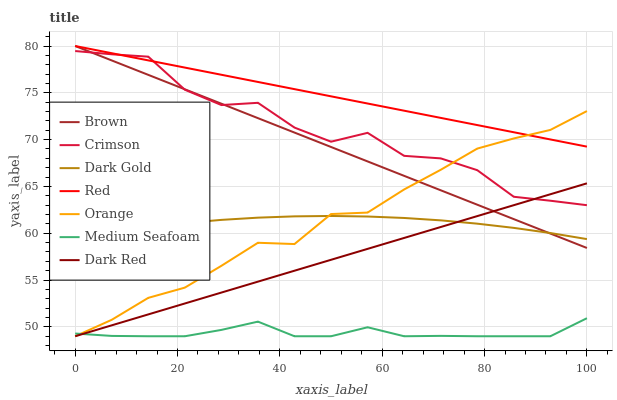
| xaxis_label | Brown | Crimson | Dark Gold | Red | Orange | Medium Seafoam | Dark Red |
 | --- | --- | --- | --- | --- | --- | --- | --- |
 | 0 | 80 | 79.5 | 59.5 | 80 | 49 | 49.3 | 49 |
 | 7.14 | 78.5 | 79.1 | 60.1 | 79.2 | 50.8 | 49 | 50.2 |
 | 14.3 | 76.9 | 78.9 | 60.7 | 78.5 | 53.1 | 49 | 51.3 |
 | 21.4 | 75.4 | 75.3 | 61.1 | 77.7 | 54.2 | 49 | 52.5 |
 | 28.6 | 73.8 | 73.7 | 61.4 | 76.9 | 56.5 | 49.7 | 53.7 |
 | 35.7 | 72.3 | 73.9 | 61.7 | 76.2 | 59 | 50.6 | 54.8 |
 | 42.9 | 70.8 | 71.3 | 61.8 | 75.4 | 58.8 | 49 | 56 |
 | 50 | 69.2 | 69.8 | 61.8 | 74.6 | 62.1 | 49 | 57.2 |
 | 57.1 | 67.7 | 70.7 | 61.8 | 73.9 | 62.2 | 50 | 58.3 |
 | 64.3 | 66.1 | 68.3 | 61.6 | 73.1 | 64.7 | 49 | 59.5 |
 | 71.4 | 64.6 | 68 | 61.4 | 72.3 | 66.8 | 49 | 60.7 |
 | 78.6 | 63.1 | 66.7 | 61 | 71.6 | 69 | 49 | 61.8 |
 | 85.7 | 61.5 | 63.9 | 60.6 | 70.8 | 70.1 | 49 | 63 |
 | 92.9 | 60 | 63.5 | 60 | 70 | 71 | 49 | 64.2 |
 | 100 | 58.4 | 63 | 59.4 | 69.3 | 73.1 | 50.9 | 65.3 |